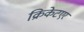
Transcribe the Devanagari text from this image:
क्रिकेटएर